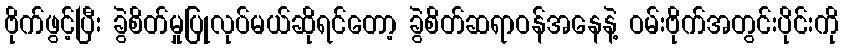
ဗိုက်ဖွင့်ပြီး ခွဲစိတ်မှုပြုလုပ်မယ်ဆိုရင်တော့ ခွဲစိတ်ဆရာဝန်အနေနဲ့ ဝမ်းဗိုက်အတွင်းပိုင်းကို